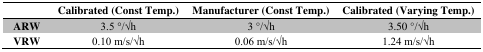
|  | Calibrated (Const Temp.) | Manufacturer (Const Temp.) | Calibrated (Varying Temp.) |
 | --- | --- | --- | --- |
 | ARW | 3.5 °/√h | 3 °/√h | 3.50 °/√h |
 | VRW | 0.10 m/s/√h | 0.06 m/s/√h | 1.24 m/s/√h |